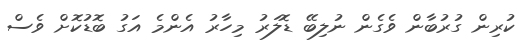
ކުރިން ގުރުބާން ވެގެން ނުލިބޭ ޑޮލަރު މިހާރު އެންމެ އަގު ބޮޑުކޮށް ވެސް